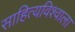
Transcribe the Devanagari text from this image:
साहित्यविश्‍वाला